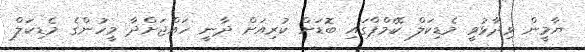
ޔާމީން ވިދާޅުވީ މެޑިކަލް ކޭމްޕްގައި ބޮޑަށް ކުރިއަށް ދާނީ ހައްޖަށްދާ މީހުންގެ މެޑިކަލް